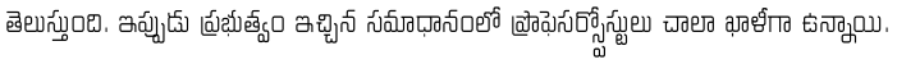
తెలుస్తుంది. ఇప్పుడు ప్రభుత్వం ఇచ్చిన సమాధానంలో ప్రొఫెసర్స్పోస్టులు చాలా ఖాళీగా ఉన్నాయి.